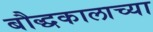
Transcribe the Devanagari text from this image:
बौद्धकालाच्या